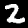
Label: 2